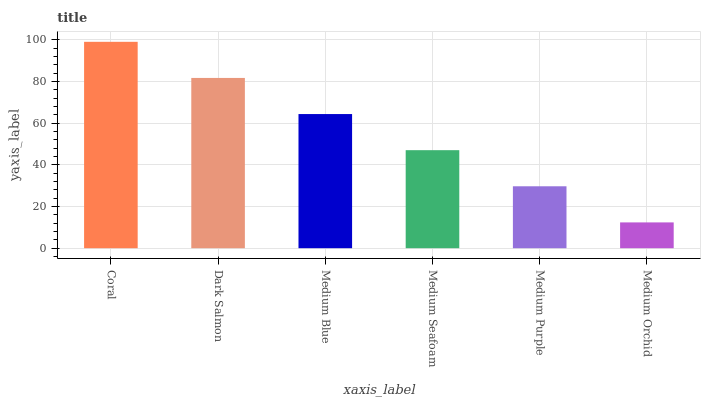
| xaxis_label | bars |
 | --- | --- |
 | Coral | 99 |
 | Dark Salmon | 81.7 |
 | Medium Blue | 64.4 |
 | Medium Seafoam | 47 |
 | Medium Purple | 29.7 |
 | Medium Orchid | 12.4 |